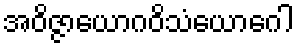
အဝိဇ္ဇာယောဂဝိသံယောဂေါ